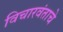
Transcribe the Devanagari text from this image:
विचारवंताचे